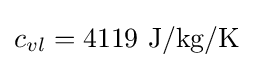
c_{vl}=4119{\text{ J/kg/K}}